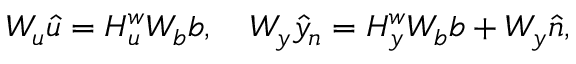
\boldsymbol { W _ { u } } \boldsymbol { \hat { u } } = \boldsymbol { H _ { u } ^ { w } } \boldsymbol { W _ { b } } \boldsymbol { b } , \quad \boldsymbol { W _ { y } } \boldsymbol { \hat { y } _ { n } } = \boldsymbol { H _ { y } ^ { w } } \boldsymbol { W _ { b } } \boldsymbol { b } + \boldsymbol { W _ { y } } \boldsymbol { \hat { n } } ,